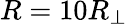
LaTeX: R=10R_{\perp}